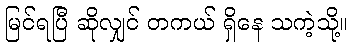
မြင်ရပြီ ဆိုလျှင် တကယ် ရှိနေ သကဲ့သို့။